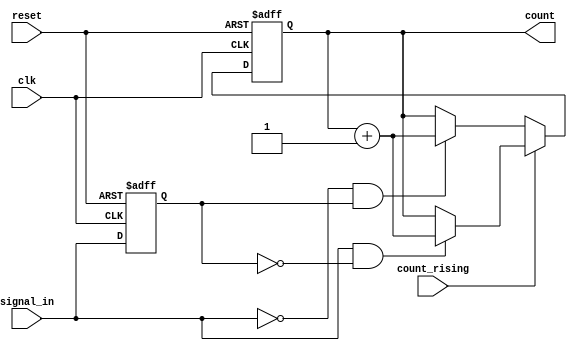
module edge_counter (
    input wire clk,               // Clock signal
    input wire reset,             // Asynchronous reset signal
    input wire signal_in,         // Input signal for edge detection
    input wire count_rising,      // Select rising edge counting if high
    output reg [7:0] count        // 8-bit counter output (adjust size as needed)
);

    reg signal_in_prev;           // Register to hold previous state of signal_in

    // Asynchronous reset and edge detection logic
    always @(posedge clk or posedge reset) begin
        if (reset) begin
            count <= 8'b0;        // Reset count to zero
            signal_in_prev <= 1'b0; // Initialize previous signal state
        end else begin
            // Edge detection
            if (count_rising) begin
                // Count rising edge
                if (signal_in && !signal_in_prev) begin
                    count <= count + 1; // Increment count on rising edge
                end
            end else begin
                // Count falling edge
                if (!signal_in && signal_in_prev) begin
                    count <= count + 1; // Increment count on falling edge
                end
            end
            
            // Update previous signal state
            signal_in_prev <= signal_in;
        end
    end

endmodule